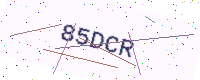
Text: 85DCR